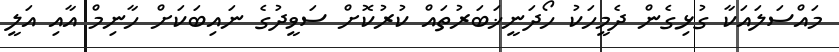
މައްސަލައަކާ ގުޅިގެން ދެމީހަކު ހޯދަނީޚަބަރުތައް ކުރުކޮށް ސަވީދުގެ ނައިބަކަށް ހާނިމް އާއި އަލީ